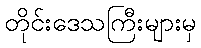
တိုင်းဒေသကြီးများမှ